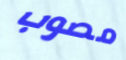
مصوب